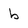
Character: b